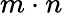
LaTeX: m\cdot n